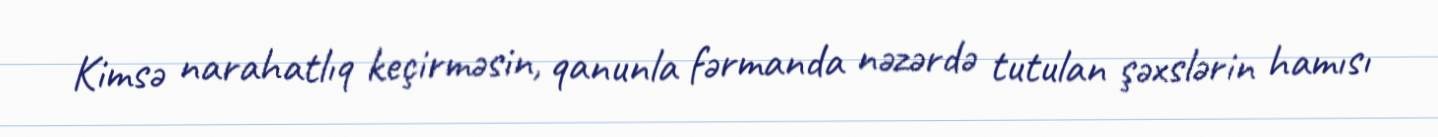
Kimsə narahatlıq keçirməsin, qanunla fərmanda nəzərdə tutulan şəxslərin hamısı